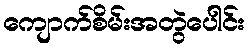
ကျောက်စိမ်းအတွဲပေါင်း